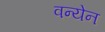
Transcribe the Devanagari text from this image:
वन्येन